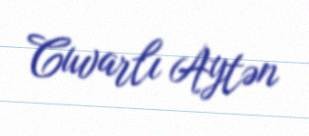
Cuvarlı Aytən